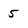
Character: 5